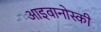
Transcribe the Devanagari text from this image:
आइवानोस्की